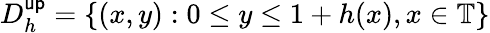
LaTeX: D_{h}^{\mathsf{up}}=\{ (x,y):0\leq y\leq 1+h(x),x\in\mathbb{T}\}